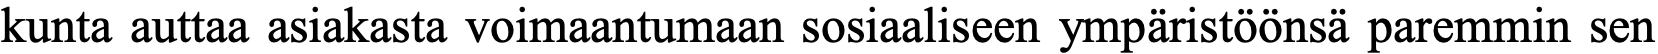
kunta auttaa asiakasta voimaantumaan sosiaaliseen ympäristöönsä paremmin sen